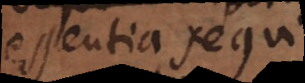
essentia sequi